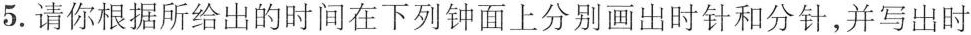
5.请你根据所给出的时间在下列钟面上分别画出时针和分针，并写出时